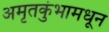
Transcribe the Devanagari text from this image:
अमृतकुंभामधून